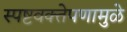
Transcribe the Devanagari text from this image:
स्पष्टवक्तेपणामुळे